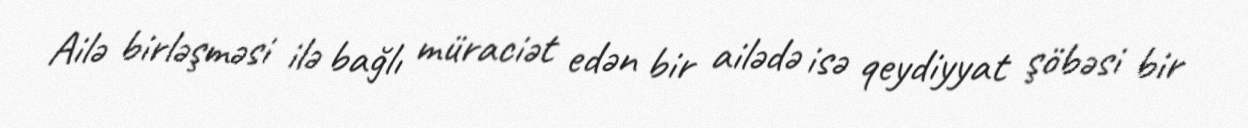
Ailə birləşməsi ilə bağlı müraciət edən bir ailədə isə qeydiyyat şöbəsi bir